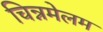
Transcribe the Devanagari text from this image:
चिन्नमेलम